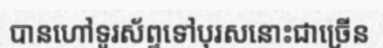
បានហៅទូរស័ព្ទទៅបុរសនោះជាច្រើន